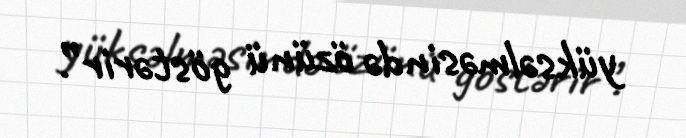
yüksəlməsində özünü göstərir”.